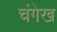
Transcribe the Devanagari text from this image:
चंगेख